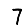
Digit: 7